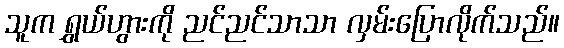
သူက ရွှယ်ဟွားကို ညင်ညင်သာသာ လှမ်းပြောလိုက်သည်။